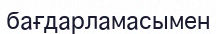
бағдарламасымен